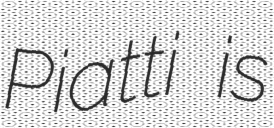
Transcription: Piatti is